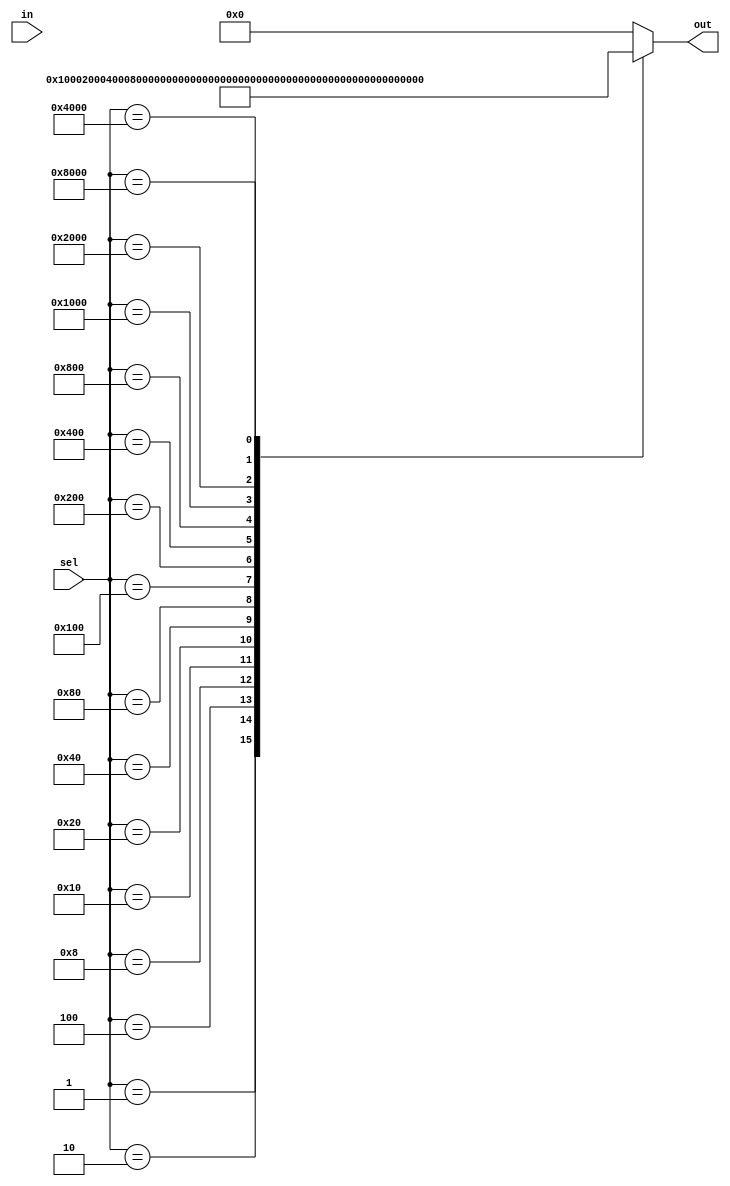
module demux_1to16 (
    input [15:0] sel,
    input in,
    output reg [15:0] out
);

always @(*)
begin
    case(sel)
        16'b0000000000000001: out = 16'b0000000000000001;
        16'b0000000000000010: out = 16'b0000000000000010;
        16'b0000000000000100: out = 16'b0000000000000100;
        16'b0000000000001000: out = 16'b0000000000001000;
        16'b0000000000010000: out = 16'b0000000000010000;
        16'b0000000000100000: out = 16'b0000000000100000;
        16'b0000000001000000: out = 16'b0000000001000000;
        16'b0000000010000000: out = 16'b0000000010000000;
        16'b0000000100000000: out = 16'b0000000100000000;
        16'b0000001000000000: out = 16'b0000001000000000;
        16'b0000010000000000: out = 16'b0000010000000000;
        16'b0000100000000000: out = 16'b0000100000000000;
        16'b0001000000000000: out = 16'b0001000000000000;
        16'b0010000000000000: out = 16'b0010000000000000;
        16'b0100000000000000: out = 16'b0100000000000000;
        16'b1000000000000000: out = 16'b1000000000000000;
        default: out = 16'b0000000000000000;
    endcase
end

endmodule